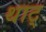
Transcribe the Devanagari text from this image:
थाट्